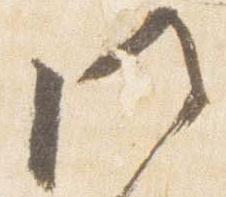
門